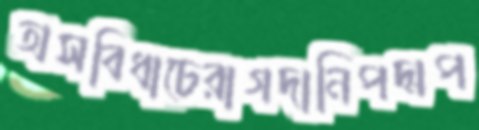
অসবিধাচেরাগদানিপদ্মপ